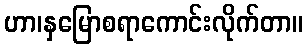
ဟာ၊နှမြောစရာကောင်းလိုက်တာ။